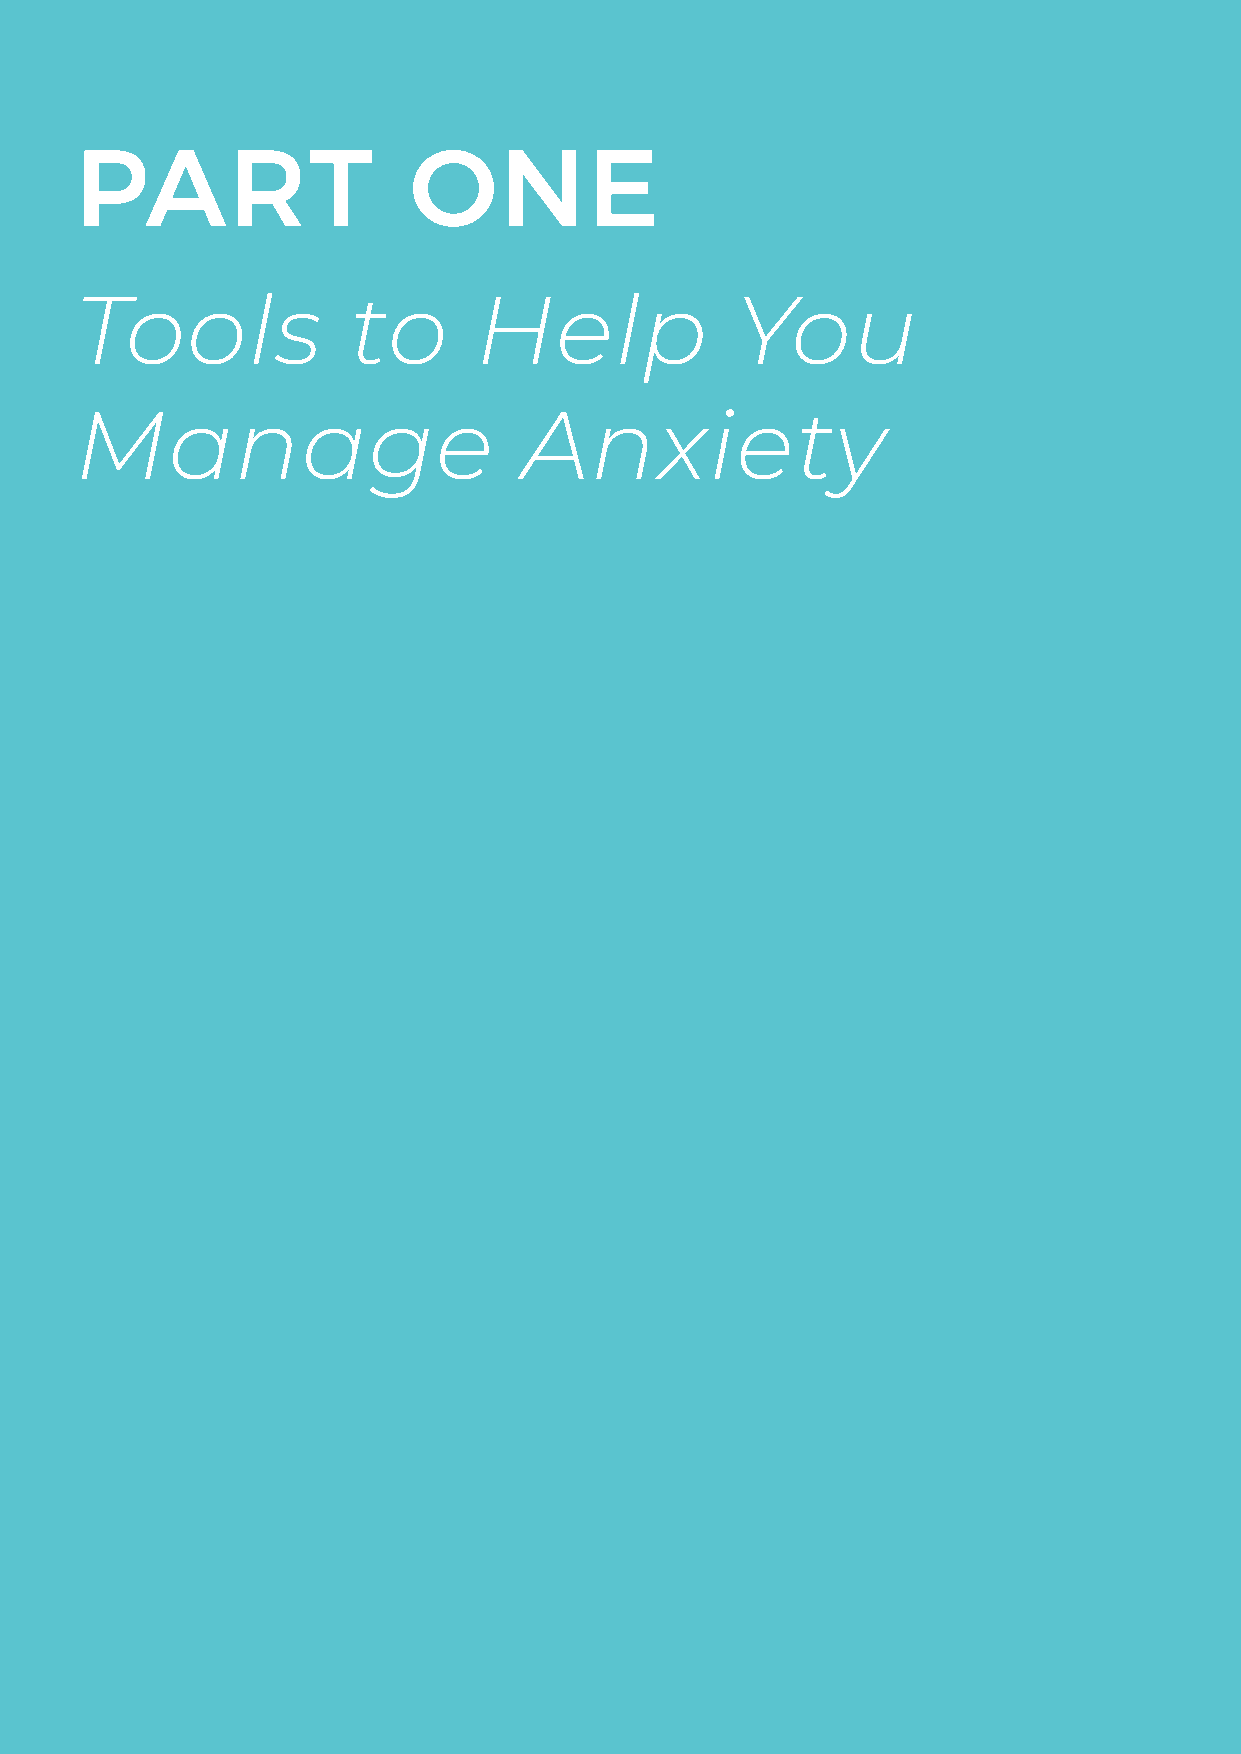
PART                  ONE
 Tools             to      Help              You
 Manage                        Anxiety
 THE WELLNESS SOCIETY | WWW.THEWELLNESSSOCIETY.ORG   PAGE 4